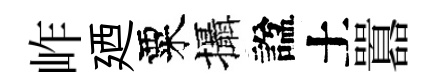
岞廼粟攝諡土囂